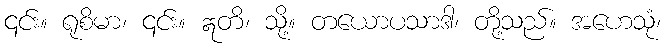
၎င်း။ ရုစိမာ၊ ၎င်း။ ဣတိ၊ သို့။ တယောပသာဒါ၊ တို့သည်။ အဟေသုံ၊